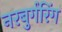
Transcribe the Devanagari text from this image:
नरबुर्गरिंग